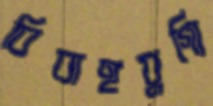
বিবাহযুগ্যি